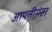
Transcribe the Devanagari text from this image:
आपत्तीनंतर